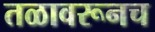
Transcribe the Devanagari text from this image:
तळावरूनच